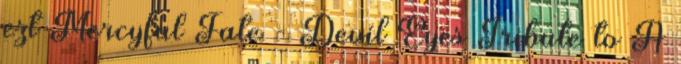
ezt Mercyful Fate - Devil Eyes Tribute to A